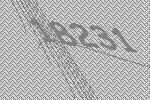
18231